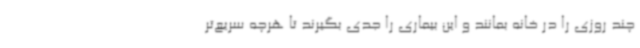
چند روزی را در خانه بمانند و این بیماری را جدی بگیرند تا هرچه سریع‌تر